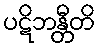
ပဋိဘန္တီတိ